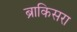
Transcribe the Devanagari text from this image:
ब्राकिसरा